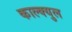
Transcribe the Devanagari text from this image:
काल्क्युल